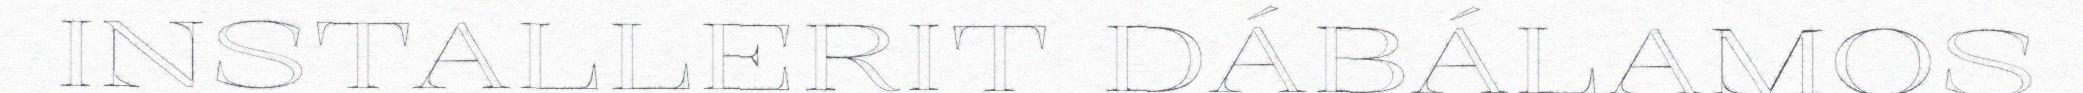
INSTALLERIT DÁBÁLAMOS